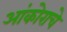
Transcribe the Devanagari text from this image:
आंकोराचे